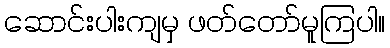
ဆောင်းပါးကျမှ ဖတ်တော်မူကြပါ။